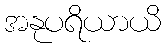
အနုပရိယာယိ